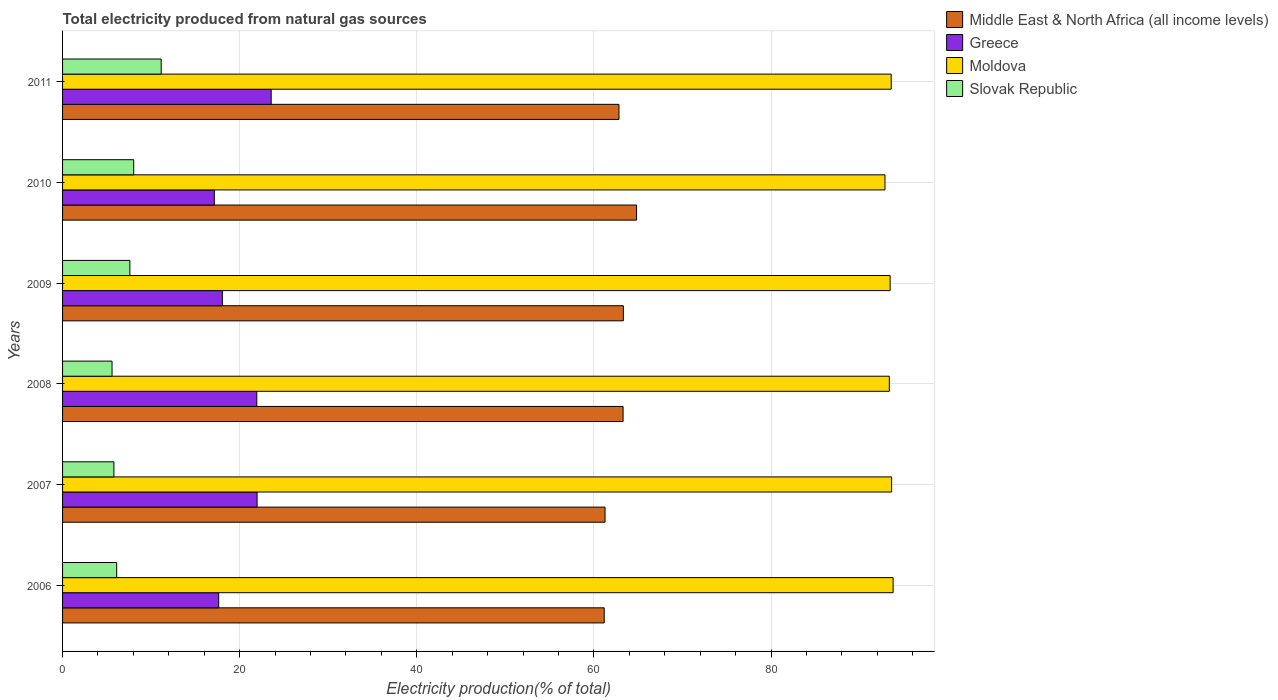
| Years | Middle East & North Africa (all income levels) | Greece | Moldova | Slovak Republic |
 | --- | --- | --- | --- | --- |
 | 2006 | 61.2 | 17.6 | 93.8 | 6.11 |
 | 2007 | 61.3 | 22 | 93.6 | 5.8 |
 | 2008 | 63.3 | 21.9 | 93.4 | 5.59 |
 | 2009 | 63.3 | 18 | 93.4 | 7.6 |
 | 2010 | 64.8 | 17.1 | 92.9 | 8.03 |
 | 2011 | 62.8 | 23.6 | 93.6 | 11.1 |